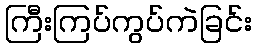
ကြီးကြပ်ကွပ်ကဲခြင်း